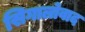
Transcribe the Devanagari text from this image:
सिगालोवाद